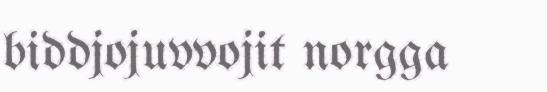
biddjojuvvojit norgga